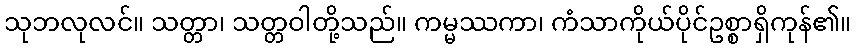
သုဘလုလင်။ သတ္တာ၊ သတ္တဝါတို့သည်။ ကမ္မဿကာ၊ ကံသာကိုယ်ပိုင်ဥစ္စာရှိကုန်၏။